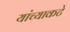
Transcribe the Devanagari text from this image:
यांच्याकटे